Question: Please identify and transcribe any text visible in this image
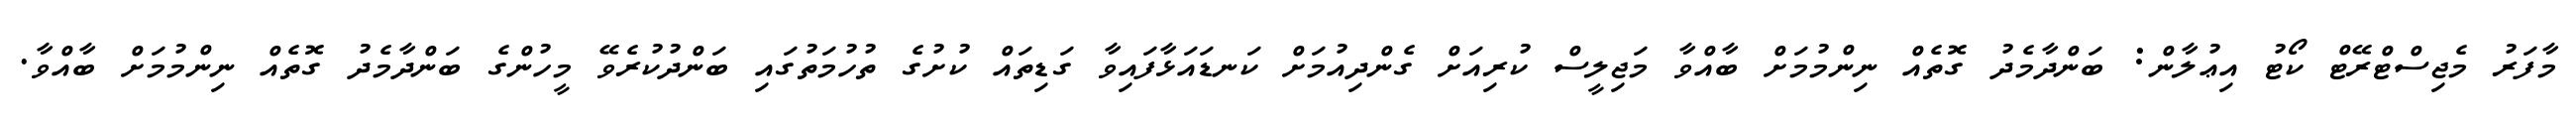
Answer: މާފަރު މެޖިސްޓްރޭޓް ކޯޓު އިޢުލާން: ބަންދާމެދު ގޮތެއް ނިންމުމަށް ބާއްވާ މަޖިލީސް ކުރިއަށް ގެންދިއުމަށް ކަނޑައަޅާފައިވާ ގަޑިތައް ކުށުގެ ތުހުމަތުގައި ބަންދުކުރެވޭ މީހުންގެ ބަންދާމެދު ގޮތެއް ނިންމުމަށް ބާއްވާ.